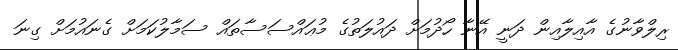
ރިލްވާނުގެ އާއިލާއިން ދަނީ އޭނާ ހޯދުމަށް ދައުލަތުގެ މުޢައްސަސާތައް ސަމާލުކަމަށް ގެނައުމަށް ގިނަ